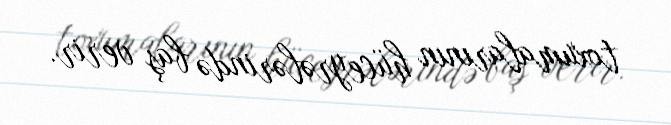
toxumalarının hüceyrələrində baş verir.